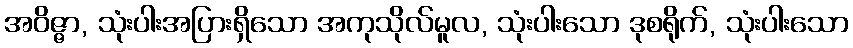
အဝိဇ္ဇာ, သုံးပါးအပြားရှိသော အကုသိုလ်မူလ, သုံးပါးသော ဒုစရိုက်, သုံးပါးသော